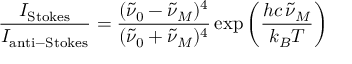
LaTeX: { \frac { I _ { \mathrm { S t o k e s } } } { I _ { \mathrm { a n t i - S t o k e s } } } } = { \frac { ( { \tilde { \nu } } _ { 0 } - { \tilde { \nu } } _ { M } ) ^ { 4 } } { ( { \tilde { \nu } } _ { 0 } + { \tilde { \nu } } _ { M } ) ^ { 4 } } } \exp \left( { \frac { h c \, { \tilde { \nu } } _ { M } } { k _ { B } T } } \right)